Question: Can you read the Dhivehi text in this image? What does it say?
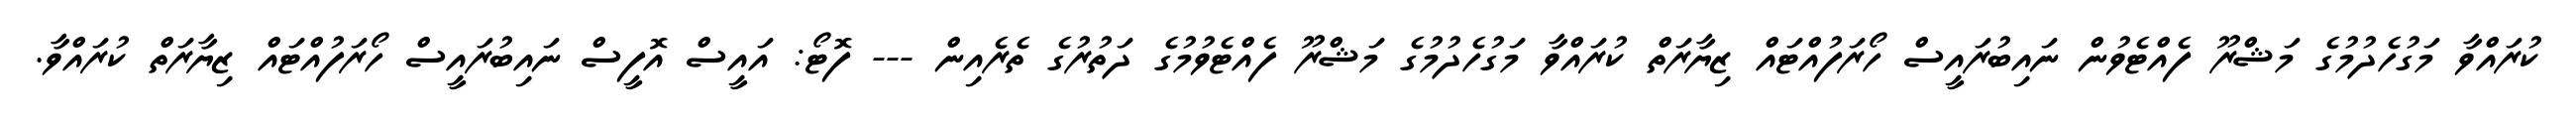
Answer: ކުރައްވާ މަގުހެދުމުގެ މަޝްރޫ ފެއްޓެވުން ނައިބުރައީސް ހޯރަފުއްޓައް ޒިޔާރަތް ކުރައްވާ މަގުހެދުމުގެ މަޝްރޫ ފެއްޓެވުމުގެ ދަތުރުގެ ތެރެއިން --- ފޮޓޯ: އައީސް އޮފީސް ނައިބުރައީސް ހޯރަފުއްޓައް ޒިޔާރަތް ކުރައްވާ.